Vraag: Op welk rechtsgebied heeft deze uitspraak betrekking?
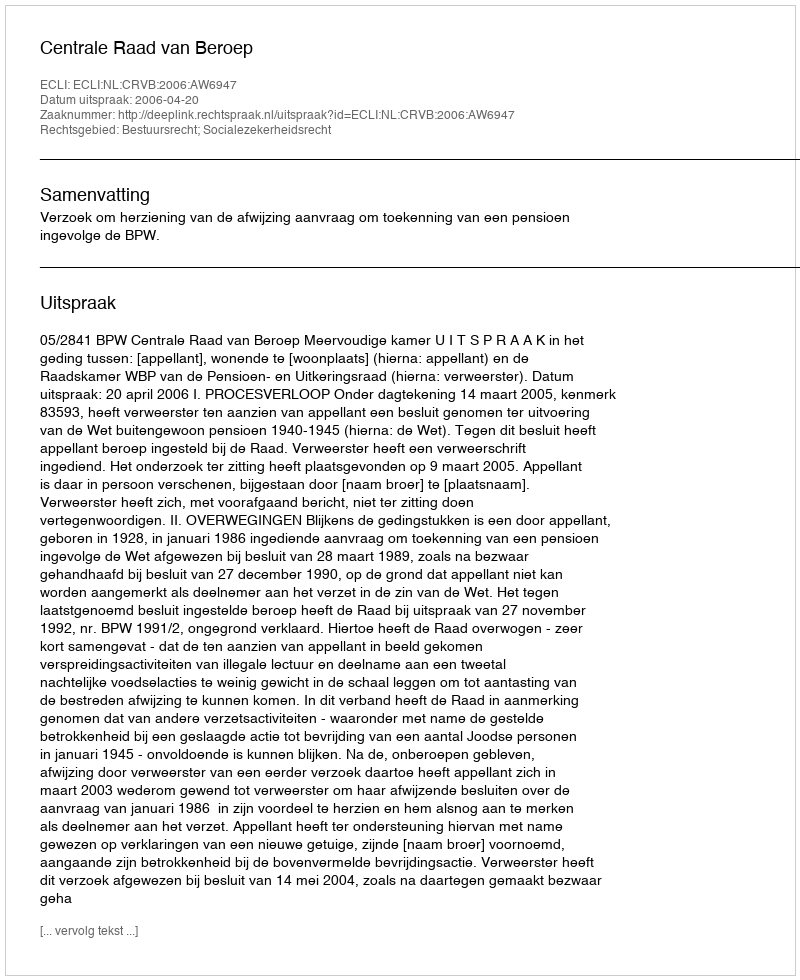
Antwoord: Bestuursrecht; Socialezekerheidsrecht